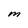
Character: M